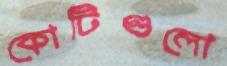
কোটিগুলো